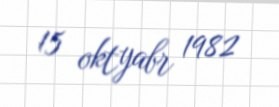
15 oktyabr 1982